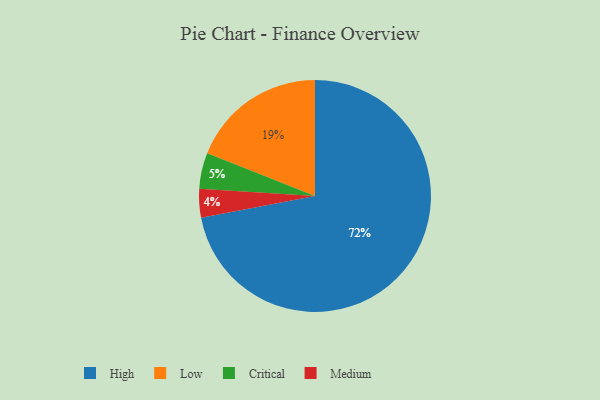
{"axis": {"x": "Category", "y": "Percentage"}, "legend": ["Critical", "High", "Low", "Medium"], "data": [{"x": "High", "y": 72, "type": "High"}, {"x": "Medium", "y": 4, "type": "Medium"}, {"x": "Low", "y": 19, "type": "Low"}, {"x": "Critical", "y": 5, "type": "Critical"}]}